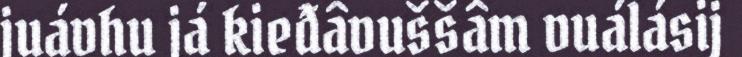
juávhu já kieđâvuššâm vuálásij